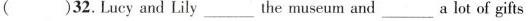
( ) 32.Lucy and Lily_____the museum and_____a lot of gifts